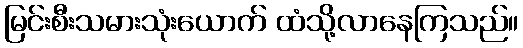
မြင်းစီးသမားသုံးယောက် ထံသို့လာနေကြသည်။